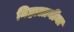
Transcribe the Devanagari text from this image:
निहालानींना